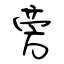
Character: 旁